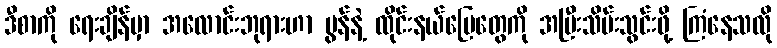
ဒီစာကို ရေးချိန်မှာ အလောင်းဘုရားဟာ မွန်နဲ့ ထိုင်းနယ်မြေတွေကို အပြီးသိမ်းသွင်းဖို့ ကြံနေသလို